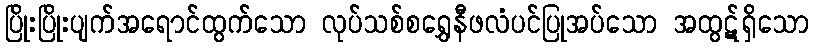
ပြိုးပြိုးပျက်အရောင်ထွက်သော လုပ်သစ်စရွှေနီဖလံပင်ပြုအပ်သော အထွဋ်ရှိသော